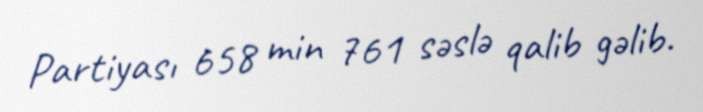
Partiyası 658 min 761 səslə qalib gəlib.